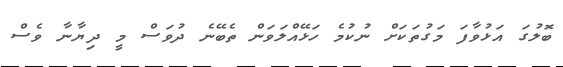
ބޮލުގަ އަޅުވާފަ މަގުތަކަށް ނުކުމެ ހަޅޭއްލަވަން ތެބޭނެ ދުވަސް މީ ދިޔާނާ ވެސް